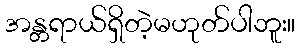
အန္တရာယ်ရှိတဲ့မဟုတ်ပါဘူး။